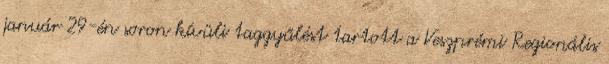
január 29-én soron kívüli taggyűlést tartott a Veszprémi Regionális